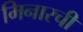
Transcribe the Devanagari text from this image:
मिनारची